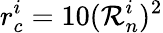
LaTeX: r_{c}^{i}=10(\mathcal{R}_{n}^{i})^{2}